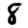
Digit: 8